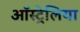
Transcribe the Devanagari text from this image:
ऑस्ट्र्रेलिया